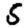
Digit: 5